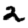
Digit: 2